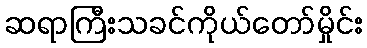
ဆရာကြီးသခင်ကိုယ်တော်မှိုင်း